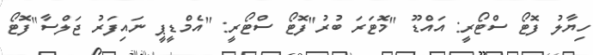
ހިޔާލު ފޮޓޯ ސްޓޯރީ: އައްޑޫ "މޮޓަރަ ބުރު"ފޮޓޯ ސްޓޯރީ: "އެމްޑީޕީ ނައިފަރު ޖަލްސާ"ފޮޓޯ